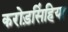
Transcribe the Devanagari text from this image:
करोड़सिंहिया